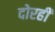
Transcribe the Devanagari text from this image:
दोरही